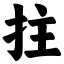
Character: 拄